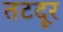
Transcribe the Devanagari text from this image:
तटदूर